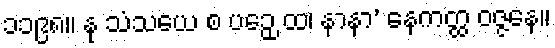
၁၁၉၈။ နု သံသယေ စ ပဉှေ ထ၊ နာနာ’ နေကတ္ထ ဝဇ္ဇနေ။